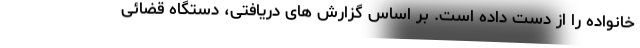
خانواده را از دست داده است. بر اساس گزارش های دریافتی، دستگاه قضائی